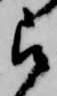
被